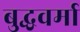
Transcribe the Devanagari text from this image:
बुद्धवर्मा